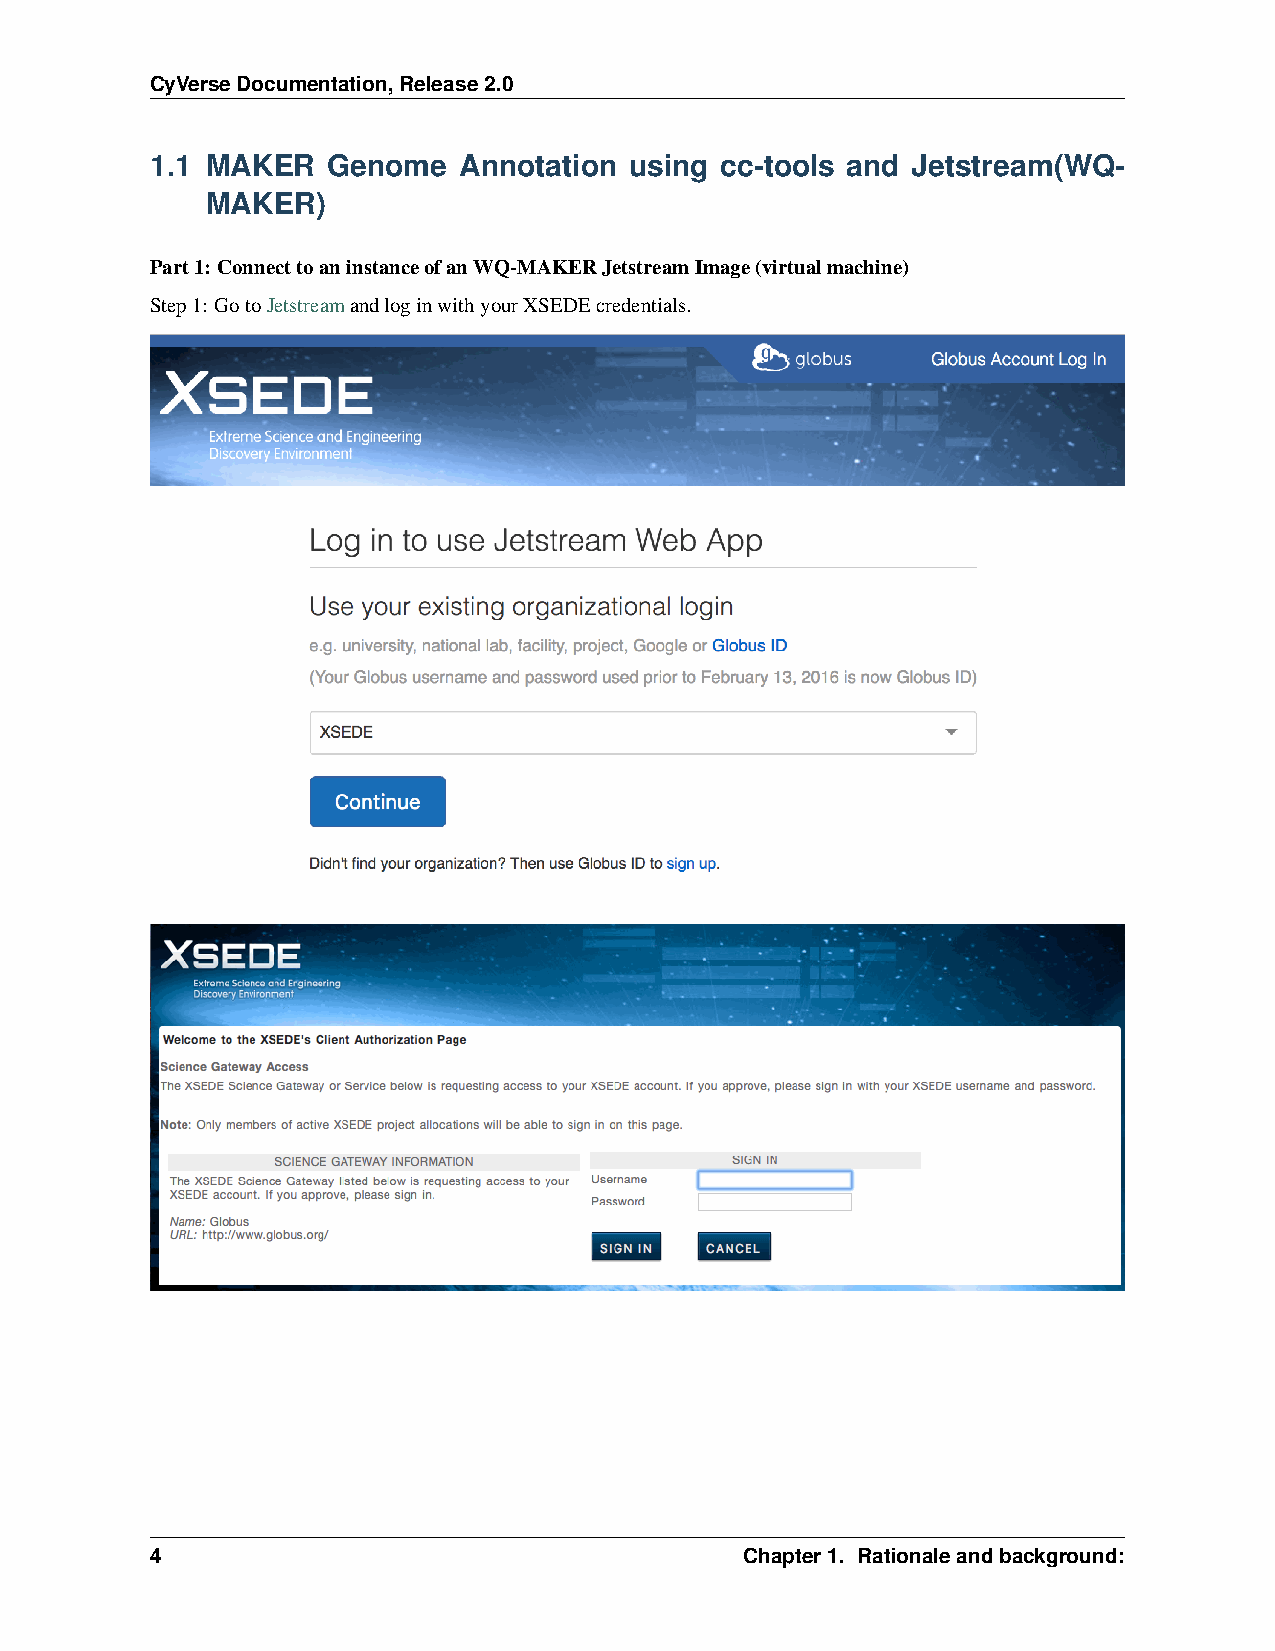
CyVerseDocumentation,Release2.0
 1.1 MAKER   Genome  Annotation  using cc-tools and Jetstream(WQ-
 MAKER)
 Part1: ConnecttoaninstanceofanWQ-MAKERJetstreamImage(virtualmachine)
 Step1: GotoJetstreamandloginwithyourXSEDEcredentials.
 4                                      Chapter1. Rationaleandbackground: